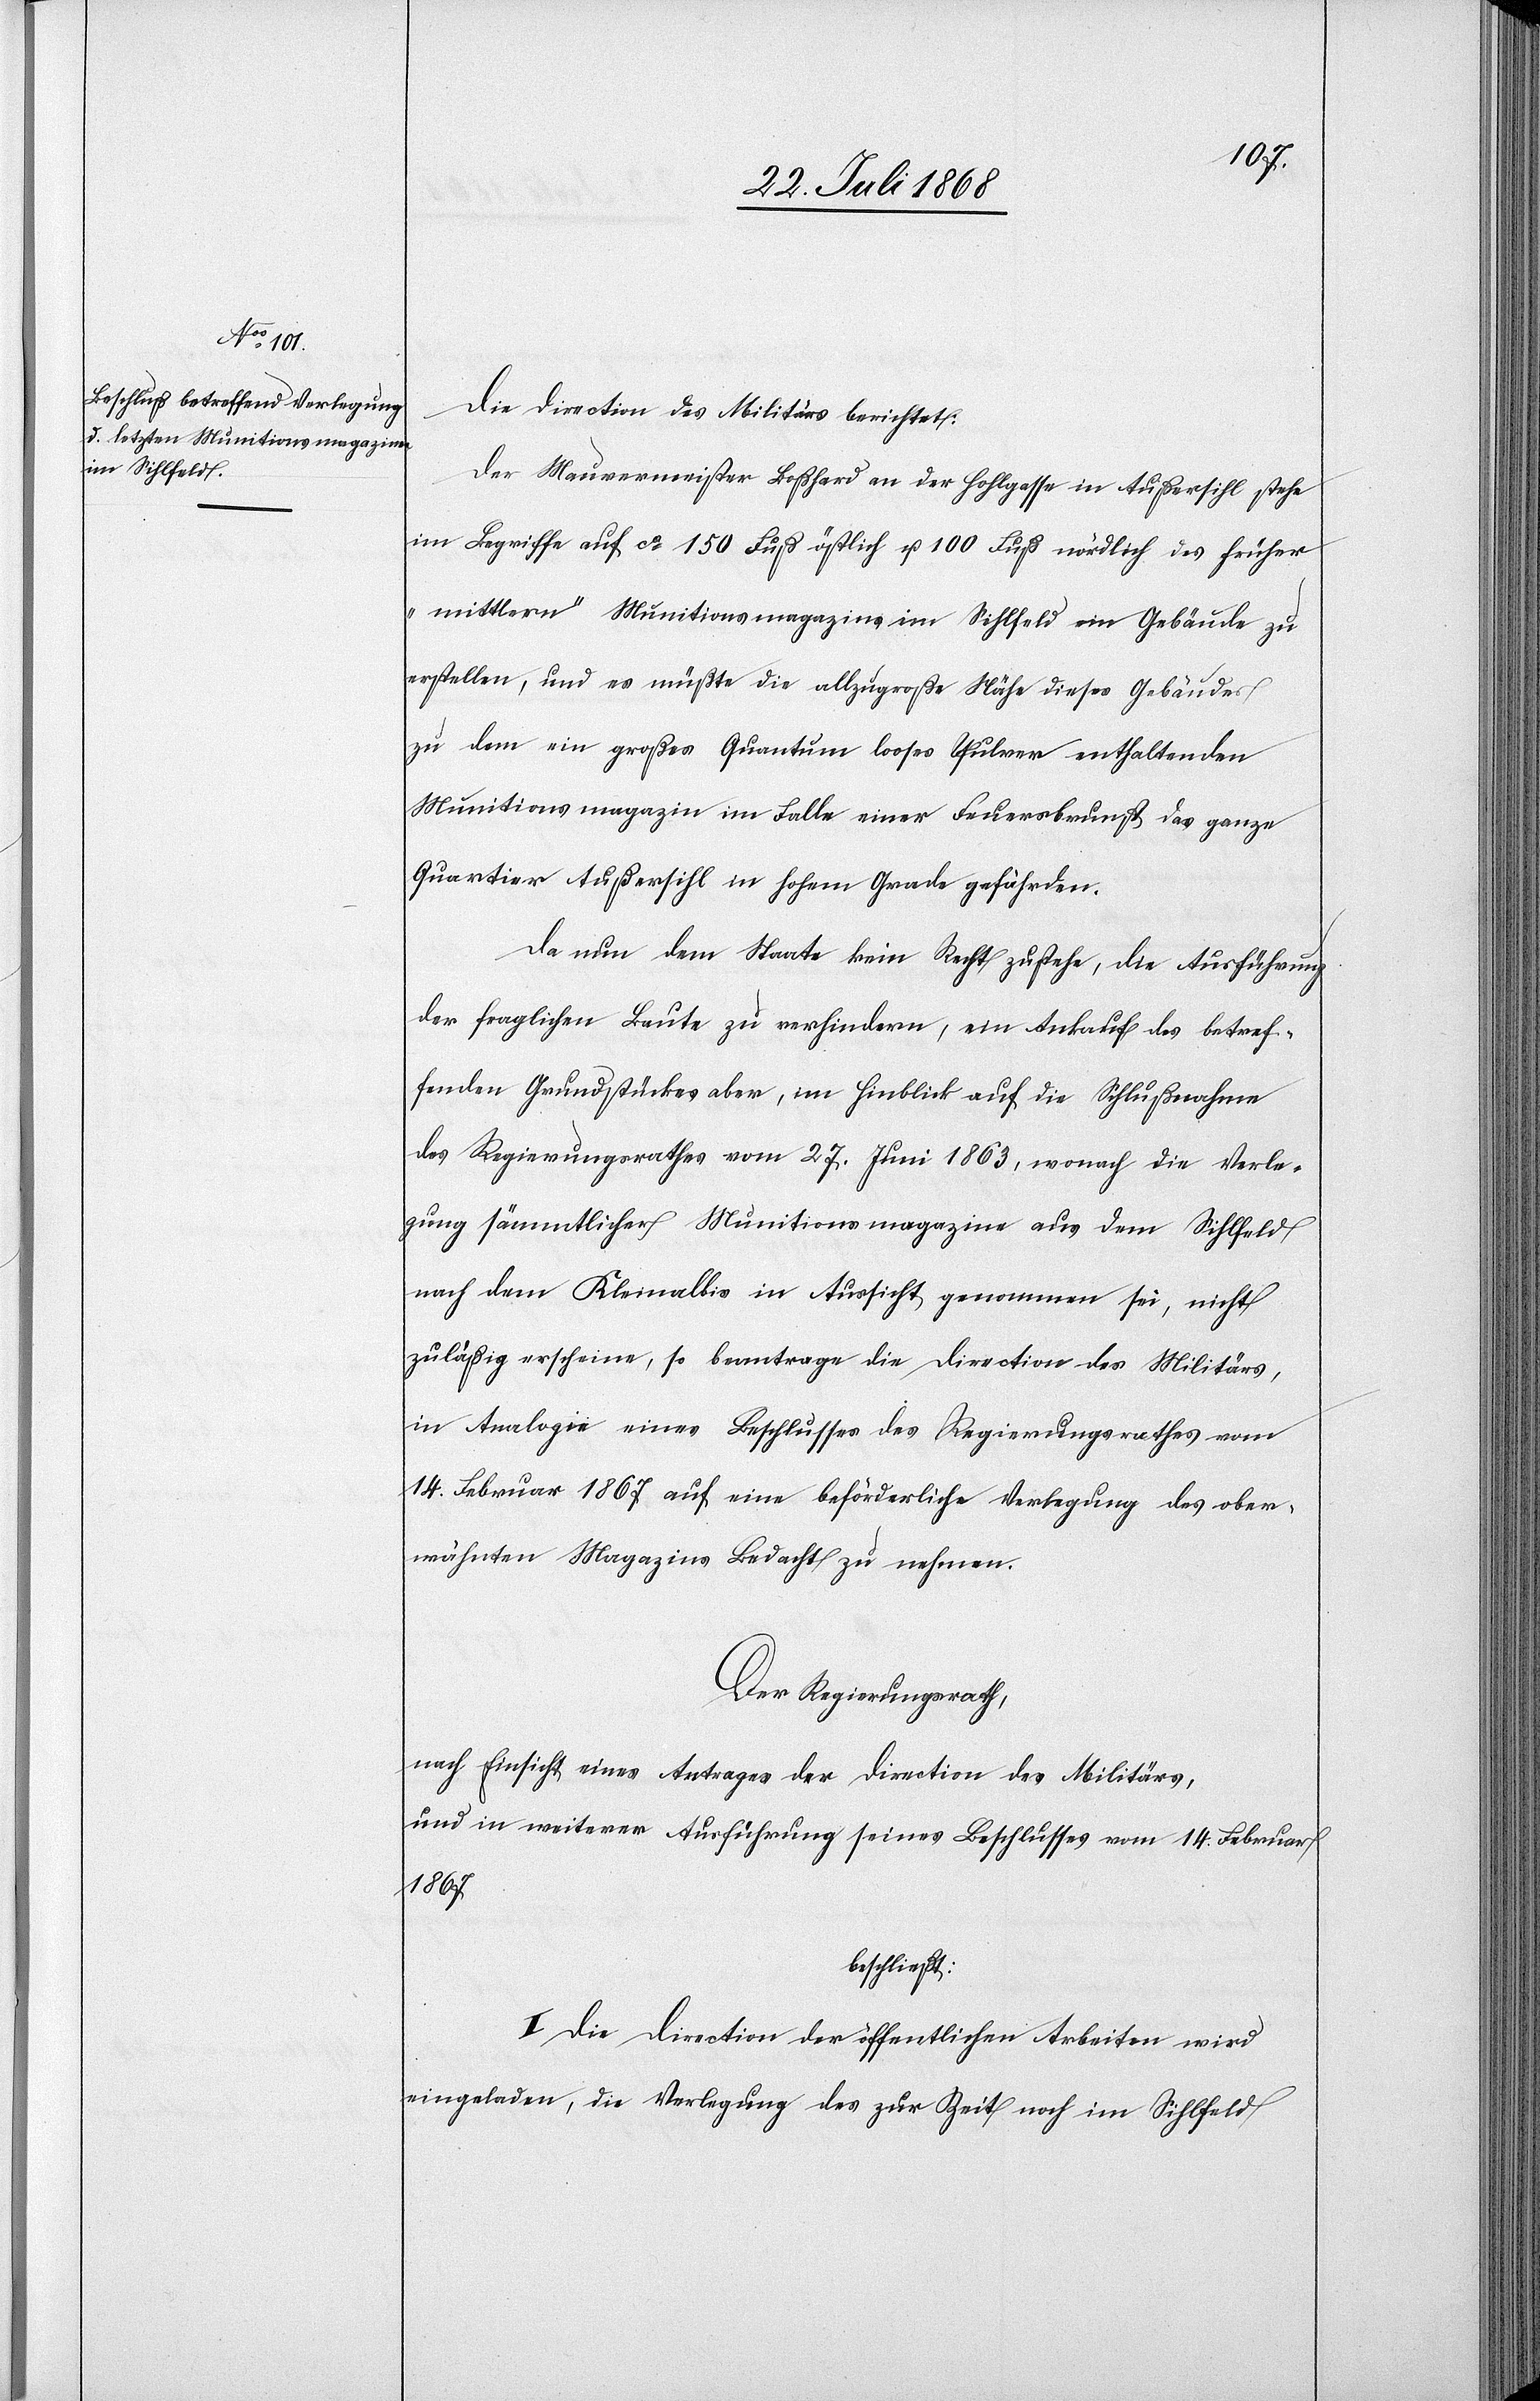
Die Direction des Militärs berichtet:
Der Maurermeister Boßhard an der Hohlgasse in Außersihl stehe
im Begriffe auf ca 150 Fuß östlich u. 100 Fuß nördlich des früher
„mittlern“ Munitionsmagazins im Sihlfeld ein Gebäude zu
erstellen, und es müßte die allzugroße Nähe dieses Gebäudes
zu dem ein großes Quantum looses Pulver enthaltenden
Munitionsmagazin im Falle einer Feuersbrunst das ganze
Quartier Außersihl in hohem Grade gefährden.
Da nun dem Staate kein Recht zustehe, die Ausführung
der fraglichen Baute zu verhindern, ein Ankauf des betref¬
fenden Grundstückes aber, im Hinblick auf die Schlußnahme
des Regierungsrathes vom 27. Juni 1863, wonach die Verle¬
gung sämmtlicher Munitionsmagazine aus dem Sihlfeld
nach dem Kleinalbis in Aussicht genommen sei, nicht
zuläßig erscheine, so beantrage die Direction des Militärs,
in Analogie eines Beschlusses des Regierungsrathes vom
14. Februar 1867 auf eine beförderliche Verlegung des ober¬
wähnten Magazins Bedacht zu nehmen.
Der Regierungsrath,
nach Einsicht eines Antrages der Direction des Militärs,
und in weiterer Ausführung seines Beschlusses vom 14. Februar
1867
beschließt:
I. Die Direction der öffentlichen Arbeiten wird
eingeladen, die Verlegung des zur Zeit noch im Sihlfeld